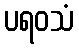
ပရဝသံ